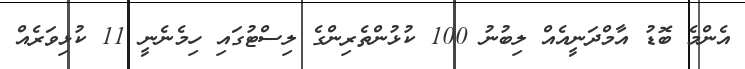
އެންމެ ބޮޑު އާމްދަނީއެއް ލިބުނު 100 ކުޅުންތެރިންގެ ލިސްޓުގައި ހިމެނެނީ 11 ކުޅިވަރެއް